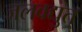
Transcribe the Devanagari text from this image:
जलवद्युत्‌